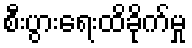
စီးပွားရေးထိခိုက်မှု